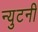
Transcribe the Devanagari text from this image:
न्युटनी